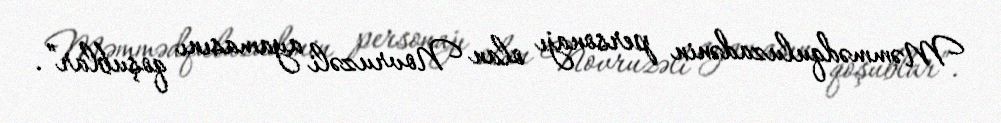
Məmmədquluzadənin personajı olan Novruzəli ayamasını qoşublar”.